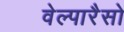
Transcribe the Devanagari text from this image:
वेल्पारैसो